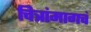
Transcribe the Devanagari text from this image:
चित्रांमागचं